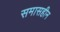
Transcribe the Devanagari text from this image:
समासहीन